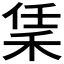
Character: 𬓧